King Institute of Preventive Medicine Micro-Biological Section reports 1912-19
Year: 1912
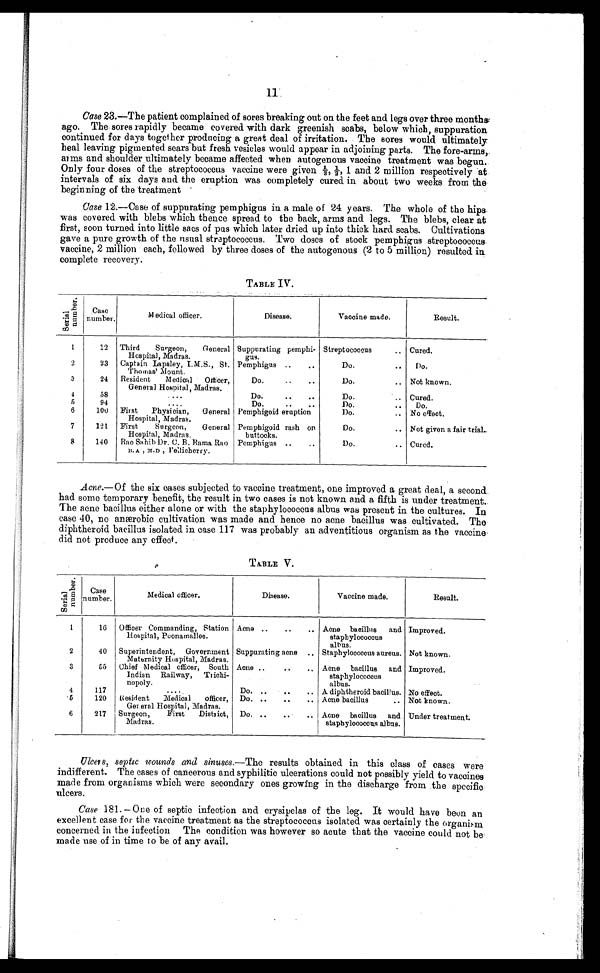
Case 23.—The patient complained of sores breaking out on the feet and legs over three months
ago. The sores rapidly became covered with dark greenish scabs, below which, suppuration
continued for days together producing a great deal of irritation. The sores would ultimately
heal leaving pigmented scars but fresh vesicles would appear in adjoining parts. The fore-arms,
aims and shoulder ultimately became affected when autogenous vaccine treatment was begun.
Only four doses of the streptococcus vaccine were given 1/3 , ½ , 1 a n d 2 m i l l i o n r e s p e c t i v e l y a t
intervals of six days and the eruption was completely cured in about two weeks from the
beginning of the treatment
Case 12.—Case of suppurating pemphigus in a male of 24 years. The whole of the hips
was covered with blebs which thence spread to the back, arms and legs. The blebs, clear at
first, soon turned into little sacs of pus which later dried up into thick hard scabs. Cultivations
gave a pure growth of the usual streptococcus. Two doses of stock pemphigus streptococcus
vaccine, 2 million each, followed by three doses of the autogenous (2 to 5 million) resulted in
complete recovery.
TABLE IV.
S e r i a l n u m b e r s .
Case
number.
Medical officer.
Disease.
Vaccine made.
Result.
1
12
Third
Surgeon,
General
Hospital, Madras.
Suppurating pemphi¬
gus.
Streptococcus
.. Cured.
2
23
Captain Lapsley, I.M.S., St.
Thomas' Mount.
Pemphigus ..
..
Do.
..
Do.
3
24
Resident
Medical
Officer,
General Hospital, Madras.
Do.
..
..
Do.
.. Not known.
4
58
. . . .
Do.
. .
..
Do.
.. Cured.
5
94
. . . . . . . .
Do...
• •
Do.
..
Do.
6
100
First
Physician,
General
Hospital, Madras.
Pemphigoid eruption
Do.
.. No effect.
7
121
First
Surgeon,
General
Hospital, Madras.
Pemphigoid rash on
buttocks.
Do.
.. Not given a fair trial.
8
140
Rao Sa hib Dr. C. B. Rama Rao
B. A , M .D , Tellicherry.
Pemphigus ..
..
Do.
.. Cured.
Acne.—Of the six cases subjected to vaccine treatment, one improved a great deal, a second.
had some temporary benefit, the result in two cases is not known and a fifth is under treatment.
The acne bacillus either alone or with the staphylococcus albus was present in the cultures. In
case 40, no anærobic cultivation was made and hence no acne bacillus was cultivated. The
diphtheroid bacillus isolated in case 117 was probably an adventitious organism as the vaccine
did not produce any effect.
TABLE V.
s e r i a l n u m b e r s
Case
number.
Medical officer.
Disease.
Vaccine made.
Result.
1
16
Officer Commanding, Station
Hospital, Poonamallee.
Acne ..
..
.. Acne bacillus
and
staphylococcus
albus.
Improved.
2
40
Superintendent, Government
Maternity Hospital, Madras.
Suppurating acne .. Staphylococcus aureus. Not known.
3
55
Chief Medical officer, South
Indian Railway,
Trichi¬
nopoly.
Acne ..
• ,
• .
Acne bacillus
and
staphylococcus
albus.
Improved.
4
117
....
Do. ..
..
.. A diphtheroid bacillus No effect.
5
120
Resident
Medical
officer,
Gereral Hospital, Madras.
Do. ..
..
.. Acne bacillus
.. Not known.
6
217
Surgeon,
First
District,
Do. ..
.. Acne bacillus
and Under treatment.
Madras.
staphylococcus albus.
Ulcers, septic wounds and sinuses .—The results obtained in this class of cases were
indifferent. The cases of cancerous and syphilitic ulcerations could not possibly yield to vaccines
made from organisms which were secondary ones growing in the discharge from the specific
ulcers.
Case 181. — One of septic infection and erysipelas of the leg. It would have been an
excellent case for the vaccine treatment as the streptococcus isolated was certainly the organism
concerned in the infection The condition was however so acute that the vaccine could not be
made use of in time to be of any avail.